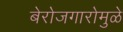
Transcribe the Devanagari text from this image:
बेरोजगारोमुळे